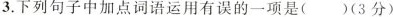
3.下列句子中加点词语运用有误的一项是()(3分)